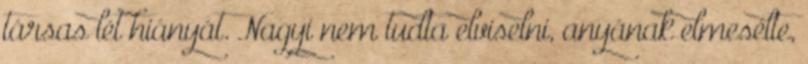
társas lét hiányát. Nagyi nem tudta elviselni, anyának elmesélte,